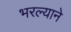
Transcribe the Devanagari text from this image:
भरल्याने